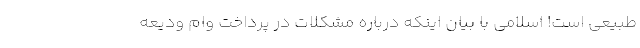
طبیعی است! اسلامی با بیان اینکه درباره مشکلات در پرداخت وام ودیعه